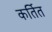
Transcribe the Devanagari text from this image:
कर्तित